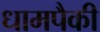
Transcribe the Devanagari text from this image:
धामपैकी